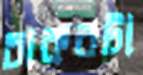
চাকরটা